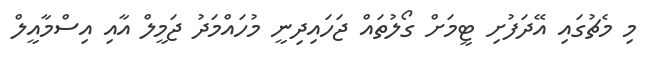
މި މެޗުގައި އޭދަފުށި ޓީމަށް ގޯލުތައް ޖަހައިދިނީ މުހައްމަދު ޖަމީލް އާއި އިސްމާއީލް